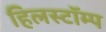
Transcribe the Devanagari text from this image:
हिलस्टॉम्प